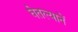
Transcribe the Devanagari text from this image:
घेतल्यानें